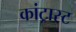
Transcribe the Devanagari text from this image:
कांट्रास्ट